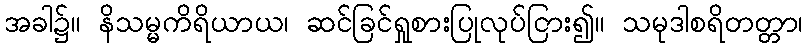
အခါ၌။ နိသမ္မကိရိယာယ၊ ဆင်ခြင်ရှုစားပြုလုပ်ငြား၍။ သမုဒါစရိတတ္တာ၊